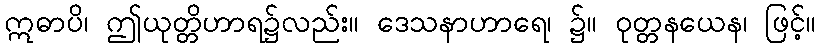
ဣဓာပိ၊ ဤယုတ္တိဟာရ၌လည်း။ ဒေသနာဟာရေ၊ ၌။ ဝုတ္တနယေန၊ ဖြင့်။